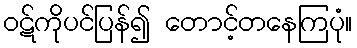
ဝဋ်ကိုပင်ပြန်၍ တောင့်တနေကြပုံ။